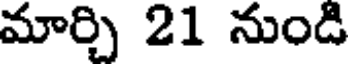
మార్చి 21 నుండి